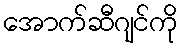
အောက်ဆီဂျင်ကို